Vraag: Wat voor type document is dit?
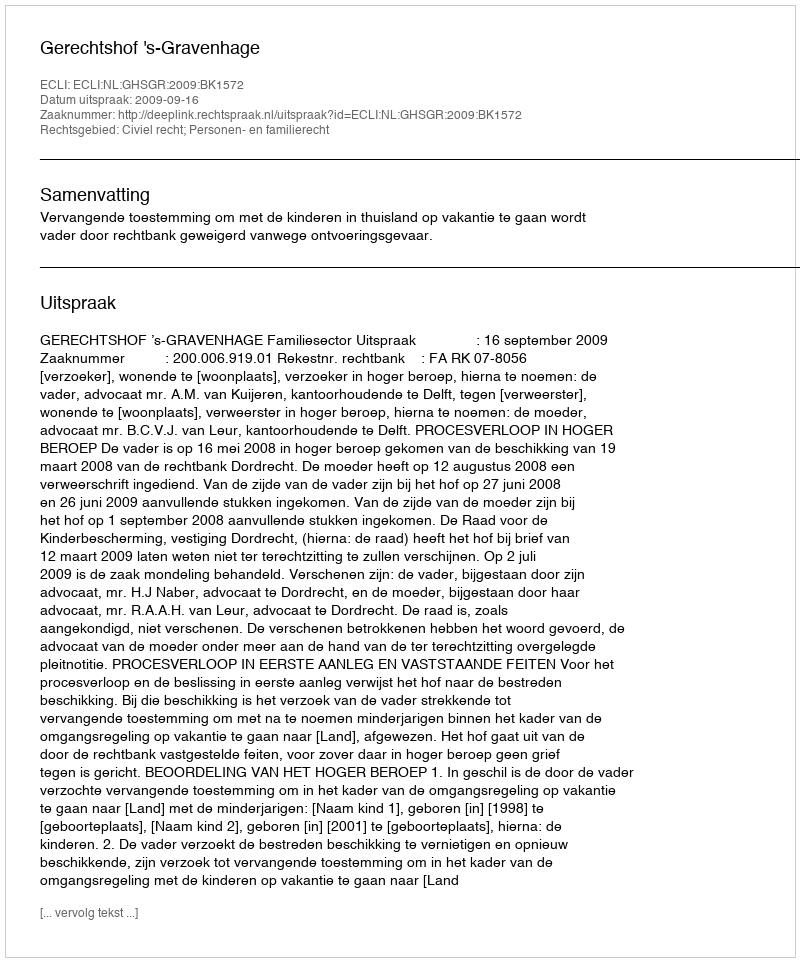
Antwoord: Uitspraak